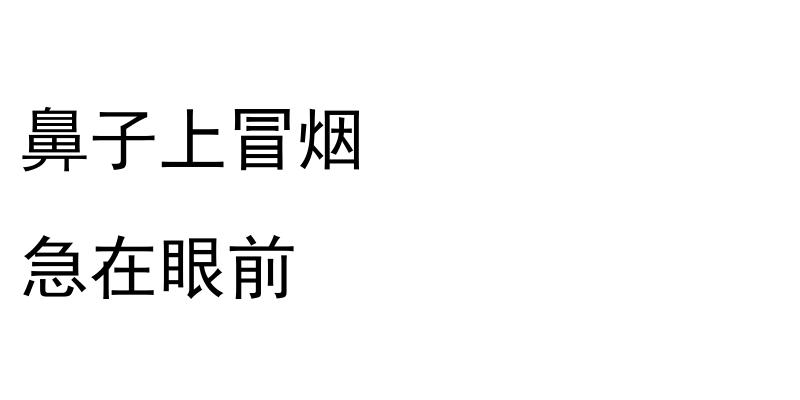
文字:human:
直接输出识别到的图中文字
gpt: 鼻子上冒烟 急在眼前